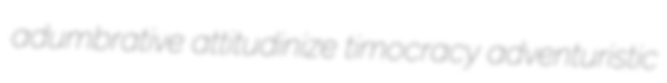
adumbrative attitudinize timocracy adventuristic